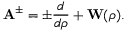
{ \bf A } ^ { \pm } = \pm \frac { d } { d \rho } + { \bf W } ( \rho ) .